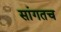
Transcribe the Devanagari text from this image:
सांगतच